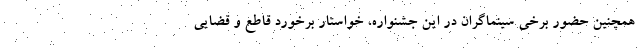
همچنین حضور برخی سینماگران در این جشنواره، خواستار برخورد قاطع و قضایی